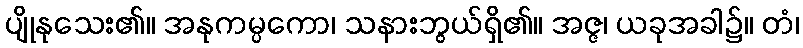
ပျိုနုသေး၏။ အနုကမ္ပကော၊ သနားဘွယ်ရှိ၏။ အဇ္ဇ၊ ယခုအခါ၌။ တံ၊